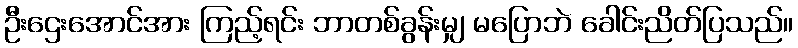
ဦးဌေးအောင်အား ကြည့်ရင်း ဘာတစ်ခွန်းမျှ မပြောဘဲ ခေါင်းညိတ်ပြသည်။